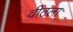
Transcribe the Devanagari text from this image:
वीठला